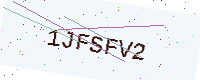
Text: 1JFSFV2